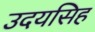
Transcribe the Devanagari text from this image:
उदयसिह